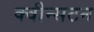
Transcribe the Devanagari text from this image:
क्वीन्सटन